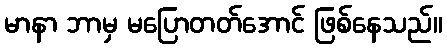
မာနာ ဘာမှ မပြောတတ်အောင် ဖြစ်နေသည်။